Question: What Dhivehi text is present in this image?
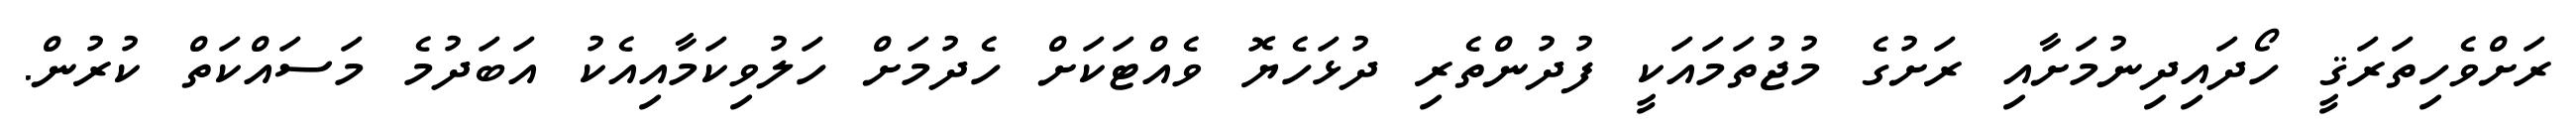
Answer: ރަށްވެހިތަރަޤީ ހޯދައިދިނުމަށާއި ރަށުގެ މުޖުތަމައަކީ ފުދުންތެރި ދުޅަހެޔޮ ވެއްޓަކަށް ހެދުމަށް ހަލުވިކަމާއިއެކު އަބަދުމެ މަސައްކަތް ކުރުން.